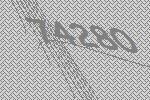
74280